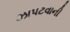
ઝાપટવાની